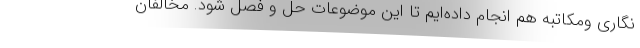
‌نگاری ومکاتبه هم انجام داده‌ایم تا این موضوعات حل و فصل شود. مخالفان